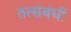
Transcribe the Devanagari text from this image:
तत्संबंधीं